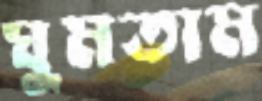
ঘুমতাম